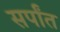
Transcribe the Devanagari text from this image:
सर्पांत